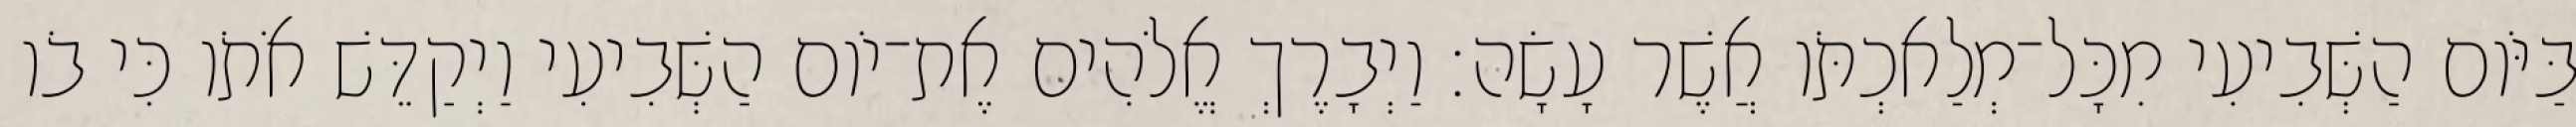
בַּיֹּום הַשְּׁבִיעִי מִכָּל־מְלַאכְתֹּו אֲשֶׁר עָשָׂה׃ וַיְבָרֶךְ אֱלֹהִים אֶת־יֹום הַשְּׁבִיעִי וַיְקַדֵּשׁ אֹתֹו כִּי בֹו